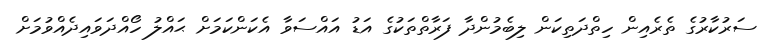
ސަރުކާރުގެ ތެރެއިން ހިތްދަތިކަން ލިބެމުންދާ ފަރާތްތަކުގެ އަޑު އައްސަވާ އެކަންކަމަށް ޙައްލު ހޯއްދަވައިދެއްވުމަށް